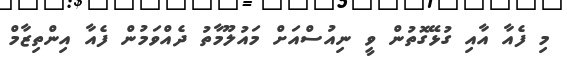
މި ފެއާ އާއި ގުޅޭގޮތުން ވީ ނިއުސްއަށް މައުލޫމާތު ދެއްވަމުން ފެއާ އިންތިޒާމް